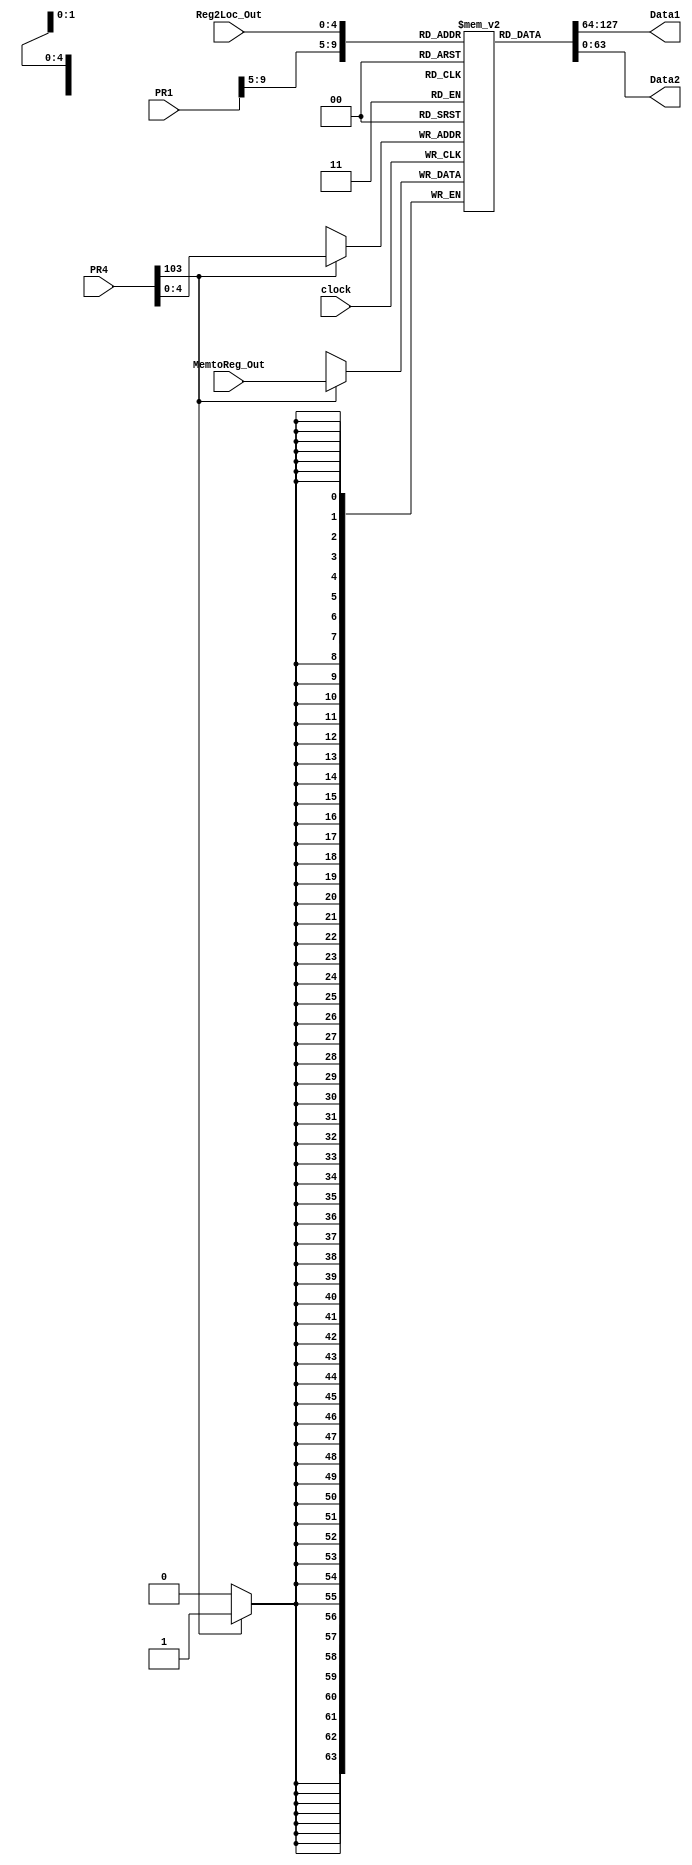
`timescale 1ns / 1ps
//////////////////////////////////////////////////////////////////////////////////
// Company: 
// Engineer: 
// 
// Design Name: 
// Module Name:    LAB3A 
// Project Name: 
// Target Devices: 
// Tool versions: 
// Description: 
//
// Dependencies: 
//
// Revision: 
// Revision 0.01 - File Created
// Additional Comments: 
//
//////////////////////////////////////////////////////////////////////////////////
module registerfile(PR1, PR4, MemtoReg_Out, Data1, Data2, clock, Reg2Loc_Out);
		input [499:0] PR1;
		input [499:0] PR4;
      input [63:0] MemtoReg_Out;
		input [4:0] Reg2Loc_Out;
		wire [4:0] Rn, Rm; // the register numbers to read or write
		wire[63:0] Write_Data; //data to write
		wire RegWrite5; // the write control
		input clock; // the clock to triger write
		output [63:0] Data1, Data2; // the register values read
		reg [63:0] RF [0:31]; // 32 registers each 32 bits long
		wire [4:0] Rt5;
		
		initial begin
		RF[0] = 64'b0;
		RF[31] = 64'b0;
		end
		
		assign Rt5 = PR4[4:0];
		
	   assign Rn = PR1[9:5];
		assign Rm = Reg2Loc_Out;
		
		assign Data1 = RF[Rn];
		assign Data2 = RF[Rm];

		
		assign Write_Data = MemtoReg_Out;
		
		assign RegWrite5 = PR4[103];
		
		always@(posedge clock)
		if (RegWrite5 == 1) RF[Rt5] <= Write_Data;
		

endmodule